Scientific memoirs by medical officers of the Army of India - Part III,
Year: 1887
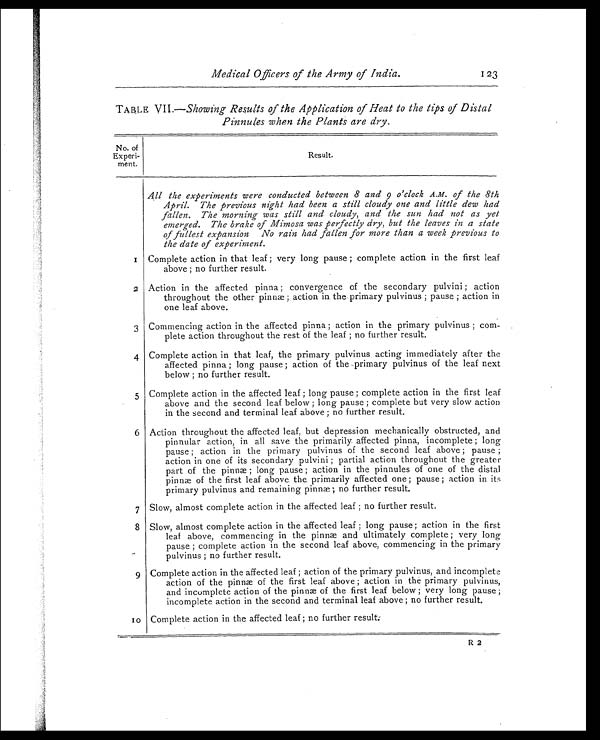
Medical Officers of the Army of India.
1 23
TABLE VII.— Showing Results of the Application of Heat to the tips of Distal
Pinnules when the Plants are dry.
No. of
Experi-
ment.
Result.
All the experiments were conducted between 8 and 9 o'clock A.M. of the 8th
April. The previous night had been a still cloudy one and little dew had
fallen. The morning was still and cloudy, and the sun had not as yet
emerged. The brake of Mimosa was perfectly dry, but the leaves in a state
of fullest expansion No rain had fallen for more than a week previous to
the date of experiment.
1 Complete action in that leaf ; very long pause ; complete action in the first leaf
above ; no further result.
2
Action in the affected pinna ; convergence of the secondary pulvini ; action
throughout the other pinnæ; action in the primary pulvinus ; pause ; action in
one leaf above.
3 Commencing action in the affected pinna ; action in the primary pulvinus ; com-
plete action throughout the rest of the leaf ; no further result.
4 Complete action in that leaf, the primary pulvinus acting immediately after the
affected pinna ; long pause ; action of the primary pulvinus of the leaf next
below ; no further result.
5 Complete action in the affected leaf ; long pause ; complete action in the first leaf
above and the second leaf below ; long pause ; complete but very slow action
in the second and terminal leaf above ; no further result.
6 Action throughout the affected leaf, but depression mechanically obstructed, and
pinnular action, in all save the primarily affected pinna, incomplete ; long
pause ; action in the primary pulvinus of the second leaf above ; pause ;
action in one of its secondary pulvini ; partial action throughout the greater
part of the pinnæ ; long pause ; action in the pinnules of one of the distal
pinnæ of the first leaf above the primarily affected one ; pause ; action in its
primary pulvinus and remaining pinnæ; no further result.
7 Slow, almost complete action in the affected leaf ; no further result.
8 Slow, almost complete action in the affected leaf ; long pause ; action in the first
leaf above, commencing in the pinnæ and ultimately complete ; very long
pause ; complete action in the second leaf above, commencing in the primary
pulvinus ; no further result.
9 Complete action in the affected leaf ; action of the primary pulvinus, and incomplete
action of the pinnæ of the first leaf above ; action in the primary pulvinus,
and incomplete action of the pinnæ of the first leaf below ; very long pause ;
incomplete action in the second and terminal leaf above ; no further result.
10 Complete action in the affected leaf ; no further result.
R 2